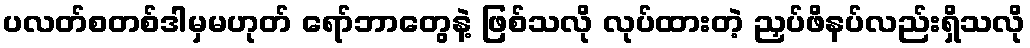
ပလတ်စတစ်ဒါမှမဟုတ် ရော်ဘာတွေနဲ့ ဖြစ်သလို လုပ်ထားတဲ့ ညှပ်ဖိနပ်လည်းရှိသလို